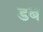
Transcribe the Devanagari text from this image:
डंब